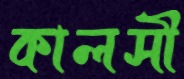
কালসী